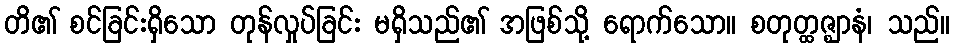
တိ၏ စင်ခြင်းရှိသော တုန်လှုပ်ခြင်း မရှိသည်၏ အဖြစ်သို့ ရောက်သော။ စတုတ္ထဇ္ဈာနံ၊ သည်။